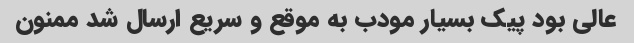
عالی بود پیک بسیار مودب به موقع و سریع ارسال شد ممنون